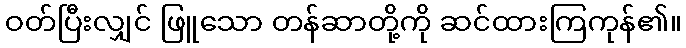
ဝတ်ပြီးလျှင် ဖြူသော တန်ဆာတို့ကို ဆင်ထားကြကုန်၏။